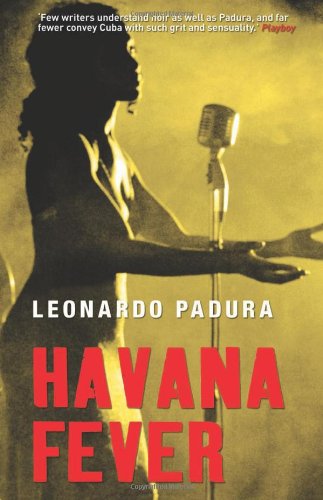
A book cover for Havana Fever; Leonardo Padura; Travel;